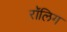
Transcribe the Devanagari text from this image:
रॉलिग